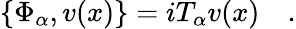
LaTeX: \{ \Phi_{\alpha},v(x)\} =iT_{\alpha}v(x)\quad.